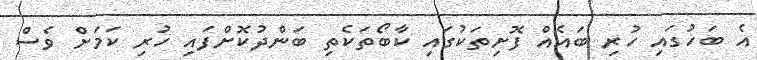
އެ ބަހުގައި ހުރި ބައެއް ފޮށިތަކުގައި ކާބޯތަކެތި ބަންދުކޮށްފައި ހުރި ކަމަށް ވެސް